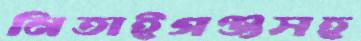
নিতাইগঞ্জসহ